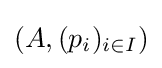
(A,(p_{i})_{i\in I})